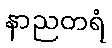
နာညတရံ